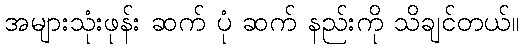
အများသုံးဖုန်း ဆက် ပုံ ဆက် နည်းကို သိချင်တယ်။